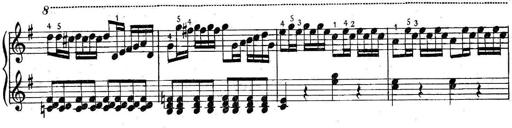
Title: 6 Easy Sonatinas
Composer: Carl Czerny